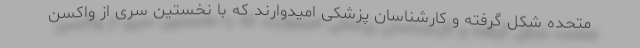
متحده شکل گرفته و کارشناسان پزشکی امیدوارند که با نخستین سری از واکسن